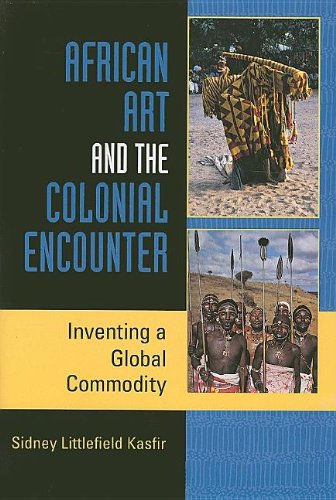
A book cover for African Art and the Colonial Encounter: Inventing a Global Commodity (African Expressive Cultures); Sidney Littlefield Kasfir; History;